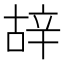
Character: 𨐒